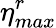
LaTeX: \eta_{max}^{r}